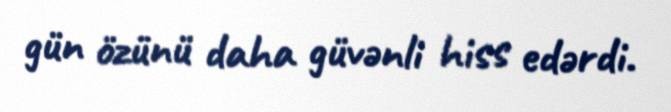
gün özünü daha güvənli hiss edərdi.